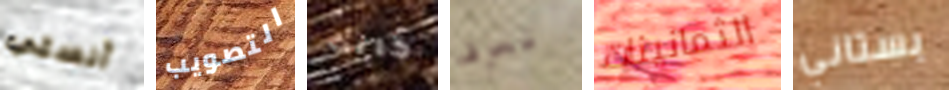
آنستي التصويب كانت تعرف الثمانينات بستاني